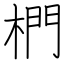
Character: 椚